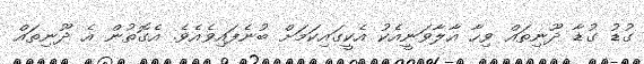
ގުޑު ގުޑާ ދޫނިތައް ވިހާ އާލާވަނީއެކު އެކީގައިކަމަށް ބުނެފައިވެއެވެ. އެގޮތުން އެ ދޫނިތައް